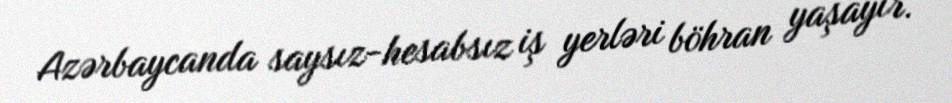
Azərbaycanda saysız-hesabsız iş yerləri böhran yaşayır.